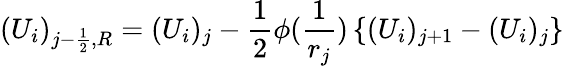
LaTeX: (U_{i})_{j-\frac{1}{2},R}=(U_{i})_{j}-\frac{1}{2}\phi(\frac{1}{r_{j}})\left\{ (U_{i})_{j+1}-(U_{i})_{j}\right\}